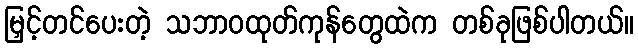
မြှင့်တင်ပေးတဲ့ သဘာဝထုတ်ကုန်တွေထဲက တစ်ခုဖြစ်ပါတယ်။